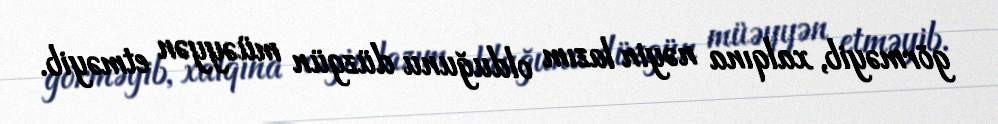
görməyib, xalqına nəyin lazım olduğunu düzgün müəyyən etməyib.